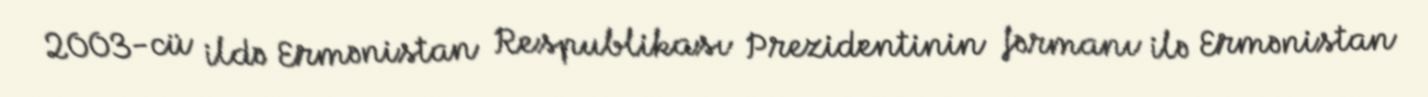
2003-cü ildə Ermənistan Respublikası Prezidentinin fərmanı ilə Ermənistan